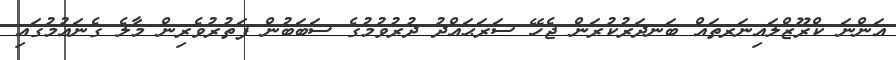
އަންނަ ކްރޫޒްލައިނަރތައް ބަނދަރުކުރަން ޖެހޭ ސަރަޙައްދު ދުރުވުމުގެ ސަބަބުން ފަތުރުވެރިން މާލެ ގެނައުމުގައި